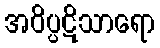
အဝိပ္ပဋိသာရော